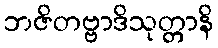
ဘဇိတဗ္ဗာဒိသုတ္တာနိ